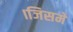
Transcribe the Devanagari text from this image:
।जिसमे